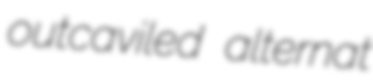
outcaviled alternat